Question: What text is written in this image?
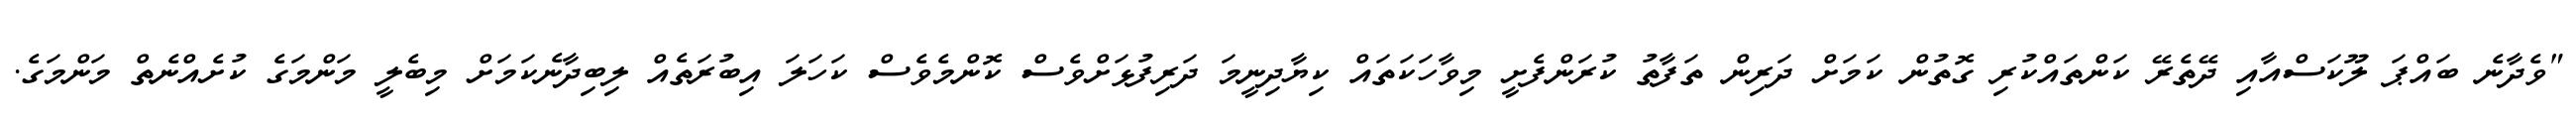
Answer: "ވެދާނެ ބައްޕަ ލޫކަސްއާއި ދޭތެރޭ ކަންތައްކުރި ގޮތުން ކަމަށް ދަރިން ތަފާތު ކުރަންފެށީ މިވާހަކަތައް ކިޔާދިނީމަ ދަރިފުޅަށްވެސް ކޮންމެވެސް ކަހަލަ އިބުރަތެއް ލިބިދާނެކަމަށް މިބެލީ މަންމަގެ ކުށެއްނެތް މަންމަގެ.